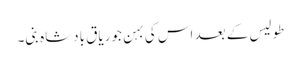
طولیس کے بعد اس کی بہن جوریاق بادشاہ بنی۔